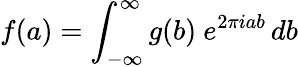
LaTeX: f(a)=\int_{-\infty}^{\infty}g(b)\ e^{2\pi iab}\, db